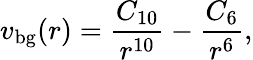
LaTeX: v_{\mathrm{bg}}(r)=\frac{C_{10}}{r^{10}}-\frac{C_{6}}{r^{6}},